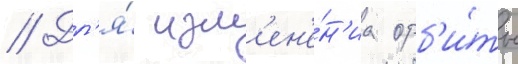
// Дл'я́ изм'ен'е́н'иа орб'и́ты